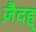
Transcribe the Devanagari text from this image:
ज़ैदह्